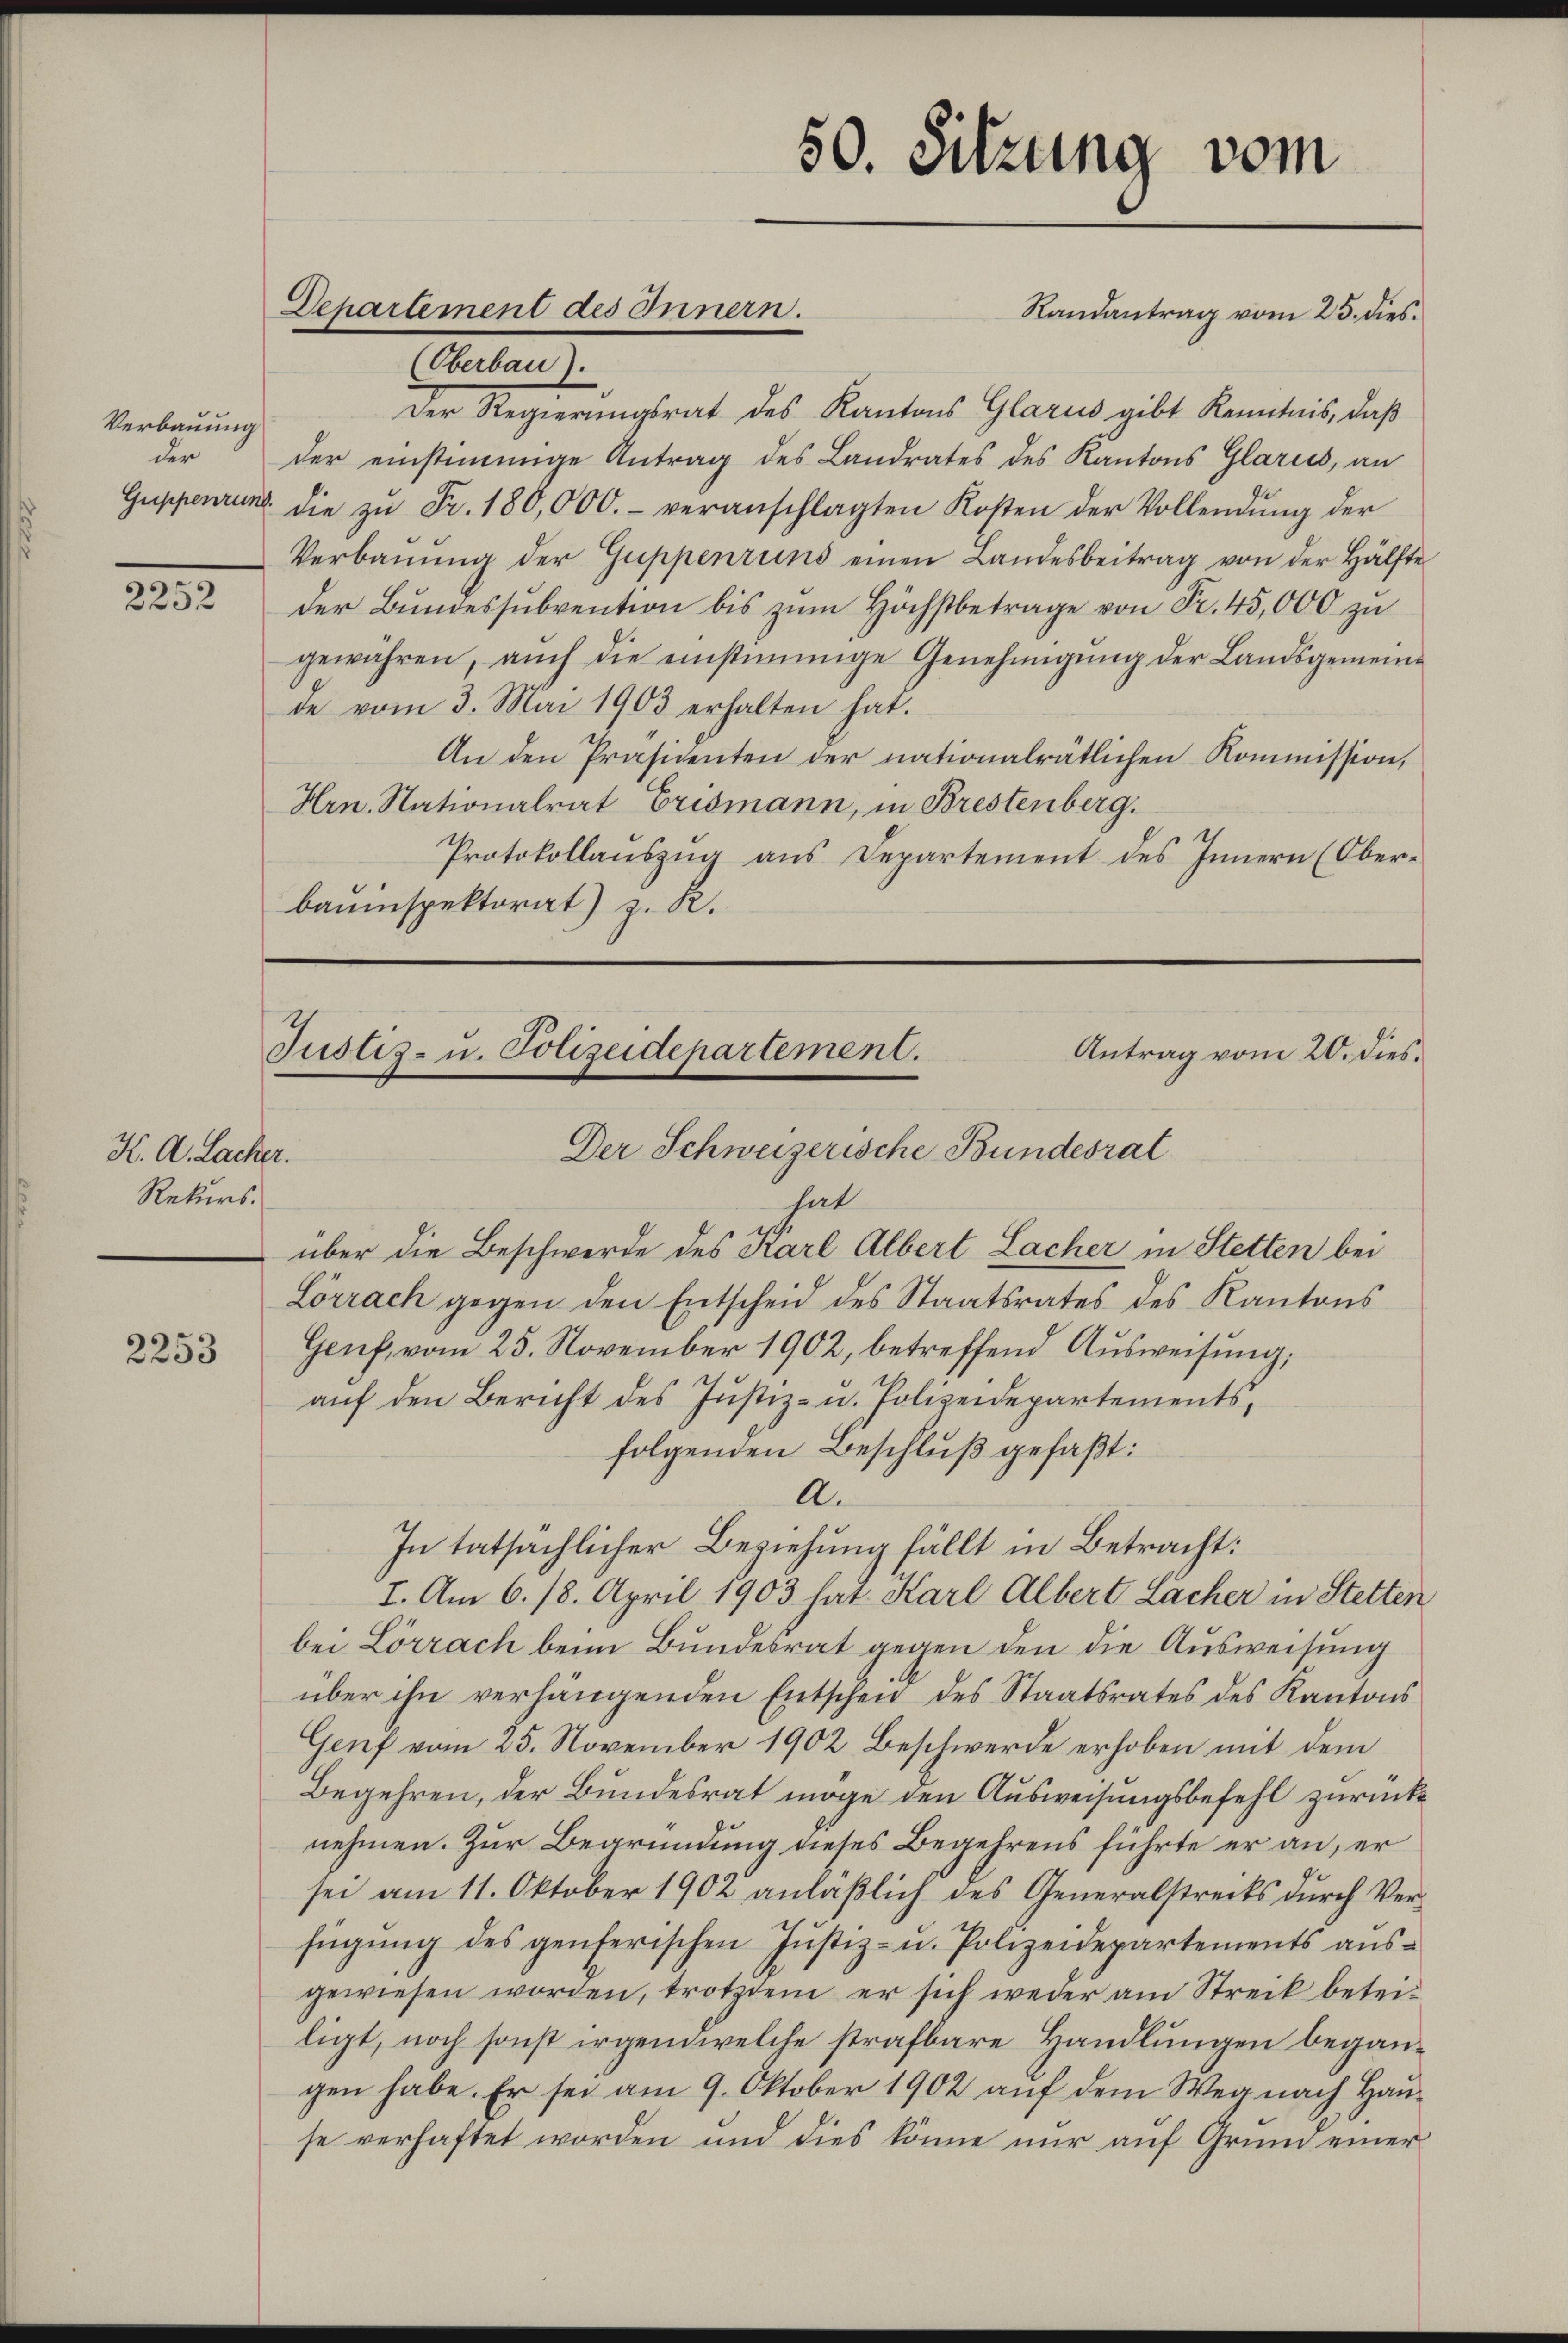
Verbauung
der

2252

K. A. Lacher.
Rekurs.

2253

Departement des Innern.

Randantrag vom 25. dies
(Oberbau).
Der Regierungsrat des Kantons Glarus gibt Kenntnis, daß
der einstimmige Antrag des Landrates des Kantons Glaries, an
Guppenrund die zŭ Fr. 180,000.- veranschlagten Kosten der Vollendŭng der
Verbaŭŭng der Guppenruns einen Landesbeitrag von der Hälfte
der Bundessubvention bis zum Höchstbetrage von Fr. 45,000 zu
gewähren, aŭch die einstimmige Genehmigŭng der Landsgemein-
de vom 3. Mai 1903 erhalten hat.
An den Präsidenten der nationalrätlichen Kommission,
Hrn. Nationalrat Erismann, in Brestenberg.
Protokollauszug aus Departement des Innern (Oberbauinspektorat) z. R.

hat
über die Beschwerde des Karl Albert Lacher in Stetten bei
Lörrach gegen den Entscheid des Staatsrates des Kantons
Genf, vom 25. November 1902, betreffend Aŭsweisung,
auf den Bericht des Justiz- u. Polizeidepartements,
folgenden Beschluß gefaßt:
A.
In tatsächlicher Beziehung fällt in Betracht:
I. Am 6. 18. April 1903 hat Karl Albert Lacher in Stetten
bei Lörrach beim Bundesrat gegen den die Ausweisung
über ihn verhängenden Entscheid des Staatsrates des Kantons
Genf vom 25. November 1902. Beschwerde erhoben mit dem
Begehren, der Bundesrat möge den Ausweisungsbefehl zurücknehmen. Zur Begründung dieses Begehrens führte er an, er
sei am 11. Oktober 1902 anläßlich des Generalstrecks durch Verfügŭng des genferischen Jŭstiz- u. Polizeidepartements aŭs-
gewiesen worden, trotzdem er sich weder am Streck betei-
ligt, noch sonst irgendwelche strafbare Handlungen begangen habe. Er sei am 9. Oktober 1902 auf dem Weg nach Hause verhaftet worden und dies könne nur auf Grund einer

50. Sitzung vom

Justiz- u. Polizeidepartement.
Antrag vom 20. dies.
Der Schweizerische Bundesrat